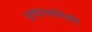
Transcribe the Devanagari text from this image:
प्रचारकांपैकी